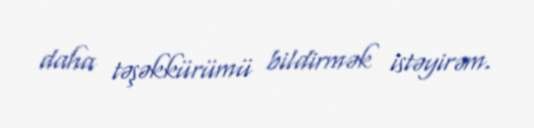
daha təşəkkürümü bildirmək istəyirəm.